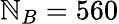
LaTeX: \mathbb{N}_{B}=560